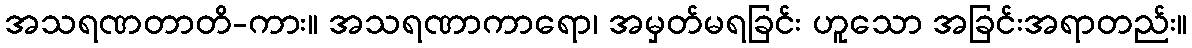
အသရဏတာတိ-ကား။ အသရဏာကာရော၊ အမှတ်မရခြင်း ဟူသော အခြင်းအရာတည်း။